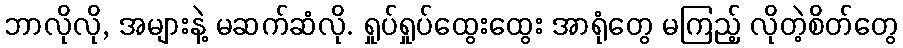
ဘာလိုလို, အများနဲ့ မဆက်ဆံလို. ရှုပ်ရှုပ်ထွေးထွေး အာရုံတွေ မကြည့် လိုတဲ့စိတ်တွေ